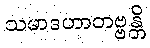
သမာဒဟာတဗ္ဗန္တိ